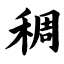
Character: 稠